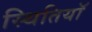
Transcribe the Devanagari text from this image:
स्थितियॉ